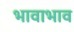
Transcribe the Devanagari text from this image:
भावाभाव